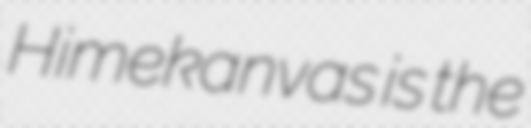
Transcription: Himekanvas is the